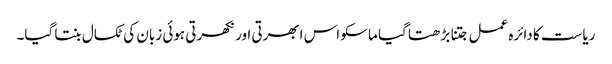
ریاست کا دائرہ عمل جتنا بڑھتا گیا ماسکو اس ابھرتی اور نکھرتی ہوئی زبان کی ٹکسال بنتا گیا۔